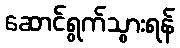
ဆောင်ရွက်သွားရန်